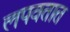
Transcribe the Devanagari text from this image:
लपवतात